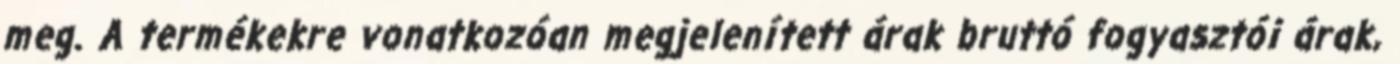
meg. A termékekre vonatkozóan megjelenített árak bruttó fogyasztói árak,